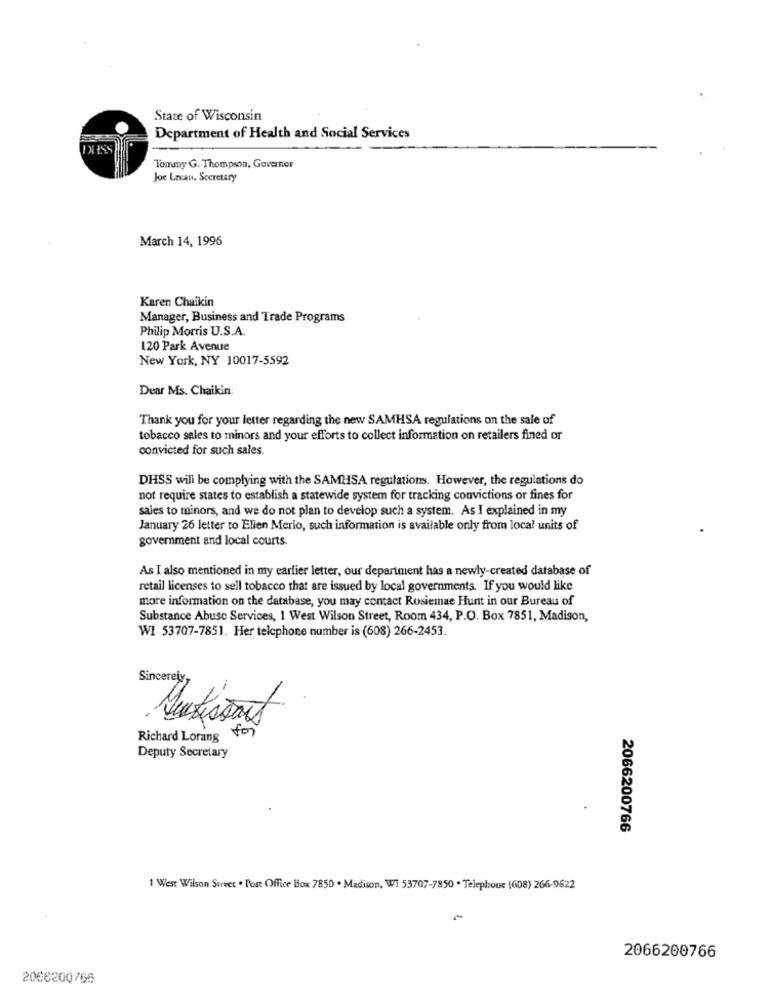
State of Wisconsin
Department of Health and Social Services
DASS
Tommy G. Thompson, Governor
Joe Lacan. Secretary
March 14, 1996
Karen Chaikin
Manager, Business and Trade Programs
Philip Morris U.S.A.
120 Park Avenue
New York, NY 10017-5592
Dear Ms. Chaikin:
Thank you for your letter regarding the new SAMHSA regulations on the sale of
tobacco sales to minors and your efforts to collect information on retailers fined or
convicted for such sales.
DHSS will be complying with the SAMHSA regulations. However, the regulations do
not require states to establish a statewide system for tracking convictions or fines for
sales to minors, and we do not plan to develop such a system. As I explained in my
January 26 letter to Ellen Merio, such information is available only from local units of
government and local courts
As I also mentioned in my earlier letter, our department has a newly-created database of
retail licenses to sell tobacco that are issued by local governments. If you would like
more information on the database, you may contact Rosiemae Hunt in our Bureau of
Substance Abuse Services, 1 West Wilson Street, Room 434, P.O. Box 7851, Madison,
W1 53707-7851. Her telephone number is (608) 266-2453.
Sincerely,
Richard Lorang
for
Deputy Secretary
2066200766
1 West Wilson Surwet . Post Office Box 7850 . Madison, WI 53707-7850 . Telephone (608) 266-9622
2066200766
2066200766